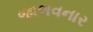
જાળવનાર